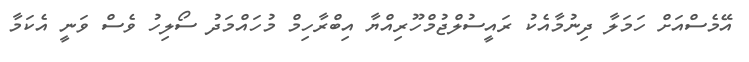
އޭމެސްއަށް ހަމަލާ ދިނުމާއެކު ރައީސުލްޖުމްހޫރިއްޔާ އިބްރާހިމް މުހައްމަދު ސޯލިހު ވެސް ވަނީ އެކަމާ